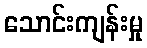
သောင်းကျန်းမှု